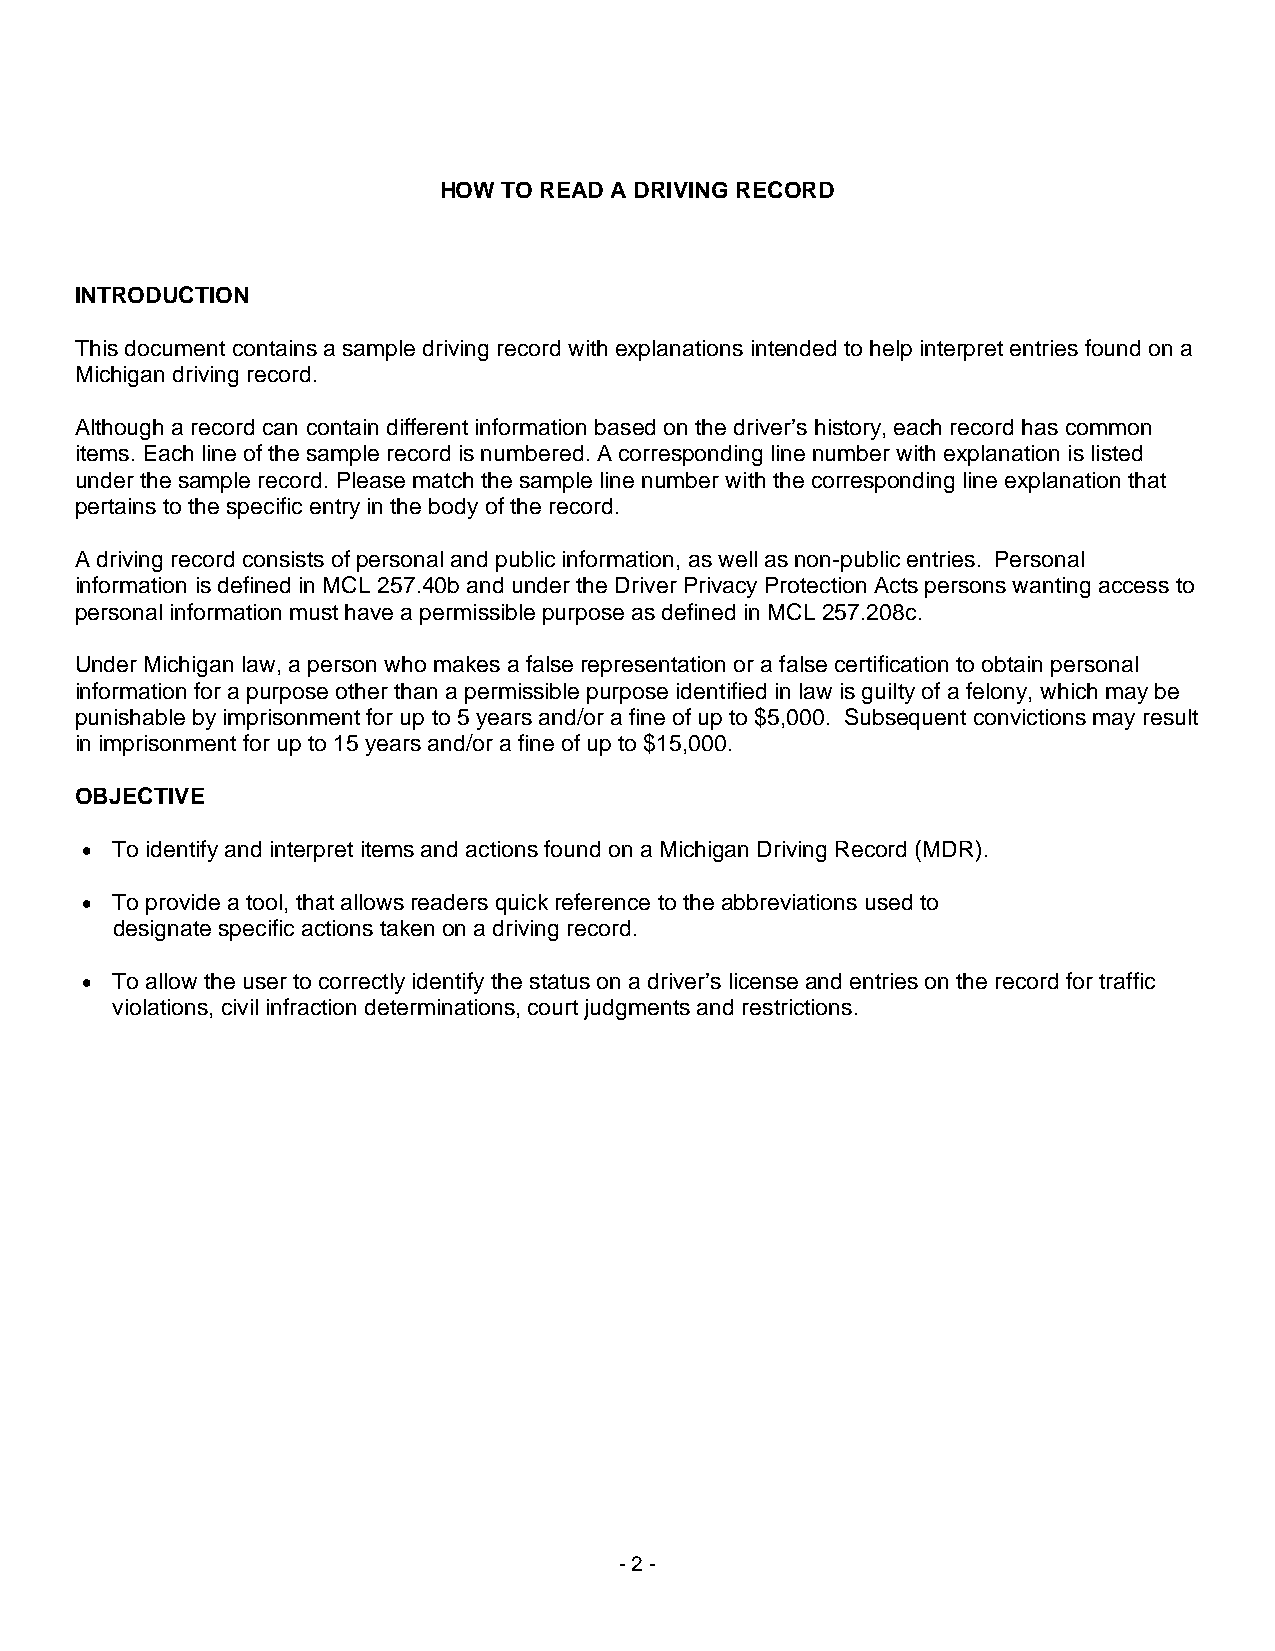
HOW TO READ A DRIVING RECORD
 INTRODUCTION
 This document contains a sample driving record with explanations intended to help interpret entries found on a
 Michigan driving record.
 Although a record can contain different information based on the driver’s history, each record has common
 items. Each line of the sample record is numbered. A corresponding line number with explanation is listed
 under the sample record. Please match the sample line number with the corresponding line explanation that
 pertains to the specific entry in the body of the record.
 A driving record consists of personal and public information, as well as non-public entries. Personal
 information is defined in MCL 257.40b and under the Driver Privacy Protection Acts persons wanting access to
 personal information must have a permissible purpose as defined in MCL 257.208c.
 Under Michigan law, a person who makes a false representation or a false certification to obtain personal
 information for a purpose other than a permissible purpose identified in law is guilty of a felony, which may be
 punishable by imprisonment for up to 5 years and/or a fine of up to $5,000. Subsequent convictions may result
 in imprisonment for up to 15 years and/or a fine of up to $15,000.
 OBJECTIVE
 • To identify and interpret items and actions found on a Michigan Driving Record (MDR).
 • To provide a tool, that allows readers quick reference to the abbreviations used to
 designate specific actions taken on a driving record.
 • To allow the user to correctly identify the status on a driver’s license and entries on the record for traffic
 violations, civil infraction determinations, court judgments and restrictions.
 - 2 -